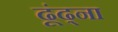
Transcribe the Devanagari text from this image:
ढूंढ्ना